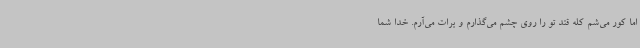
اما کور می‌شم کله قند تو را روی چشم می‌گذارم و برات می‌آرم. خدا شما